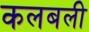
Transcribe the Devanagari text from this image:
कलबली